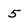
Character: 5